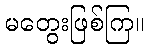
မတွေးဖြစ်ကြ။